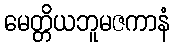
မေတ္တိယဘူမဇကာနံ